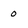
Character: o